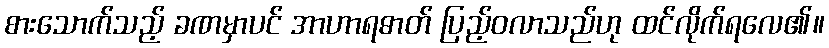
စားသောက်သည့် ခဏမှာပင် အာဟာရဓာတ် ပြည့်ဝလာသည်ဟု ထင်လိုက်ရလေ၏။